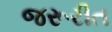
જરૂરીત